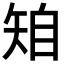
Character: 𥏆